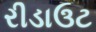
રીડાઉટ